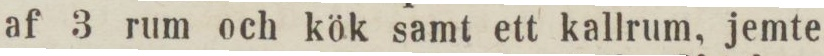
af 3 rum och kök samt ett kallrum, jemte